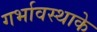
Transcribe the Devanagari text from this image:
गर्भावस्थाके